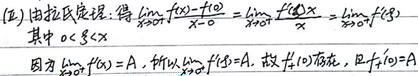
(2) 由拉氏定理，得\(\lim\limits_{x \to 0^{+}} \frac{f(x) - f(0)}{x - 0} = \lim\limits_{x \to 0^{+}} \frac{f'(\xi)x}{x} = \lim\limits_{x \to 0^{+}} f'(\xi)\)，其中\(0 < \xi < x\)。

因为\(\lim\limits_{x \to 0^{+}} f'(x) = A\)，所以\(\lim\limits_{x \to 0^{+}} f'(\xi) = A\)。故\(f_{+}'(0)\)存在，且\(f_{+}'(0)=A\)。